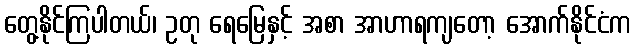
တွေ့နိုင်ကြပါတယ်၊ ဥတု ရေမြေနှင့် အစာ အာဟာရကျတော့ အောက်နိုင်ငံက